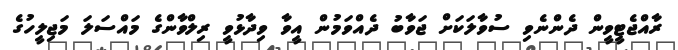
ރާއްޖެޓީވީން ދެންނެވި ސުވާލަކަށް ޖަވާބު ދެއްވަމުން އީވާ ވިދާޅުވީ ރިލްވާންގެ މައްސަލަ މަޖިލީހުގެ